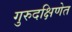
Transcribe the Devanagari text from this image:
गुरुदक्षिणेत